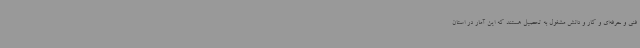
فنی و حرفه‌ای و کار و دانش مشغول به تحصیل هستند که این آمار در استان